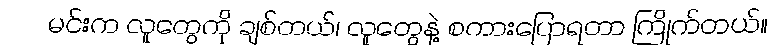
မင်းက လူတွေကို ချစ်တယ်၊ လူတွေနဲ့ စကားပြောရတာ ကြိုက်တယ်။